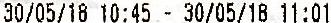
30/05/18 10:45 - 30/05/18 11:01